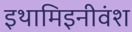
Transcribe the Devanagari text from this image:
इथामिइनीवंश